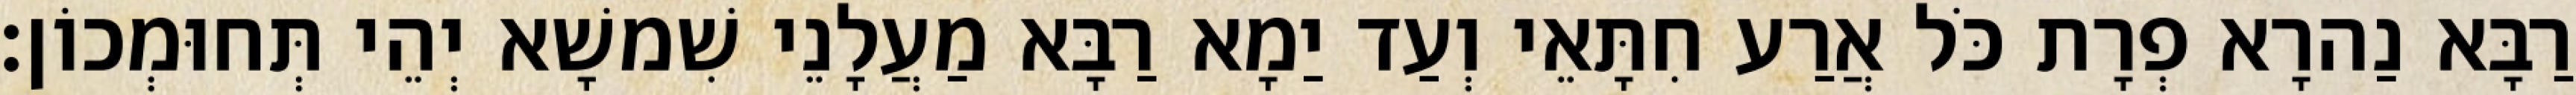
רַבָּא נַהרָא פְרָת כֹּל אֲרַע חִתָּאֵי וְעַד יַמָא רַבָּא מַעֲלָנֵי שִׁמשָׁא יְהֵי תְּחוּמְכוֹן׃